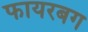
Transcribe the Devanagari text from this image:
फायरबग